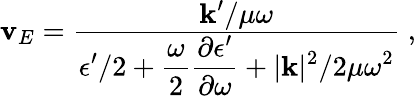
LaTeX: \begin{array}{r}{{\mathbf{v}}_{E}=\frac{\displaystyle{{\mathbf{k}}^{\prime}}/{\mu\omega}}{\displaystyle{\epsilon^{\prime}}/{2}+\frac{\omega}{2}\frac{\partial\epsilon^{\prime}}{\partial\omega}+|{\mathbf{k}}|^{2}/{2\mu\omega^{2}}}\; ,}\end{array}